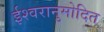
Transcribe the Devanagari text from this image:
ईश्वरानुमोदित